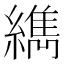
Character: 𦆈